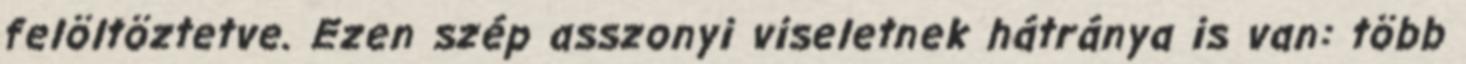
felöltöztetve. Ezen szép asszonyi viseletnek hátránya is van: több